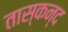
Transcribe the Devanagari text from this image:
तास्कन्द